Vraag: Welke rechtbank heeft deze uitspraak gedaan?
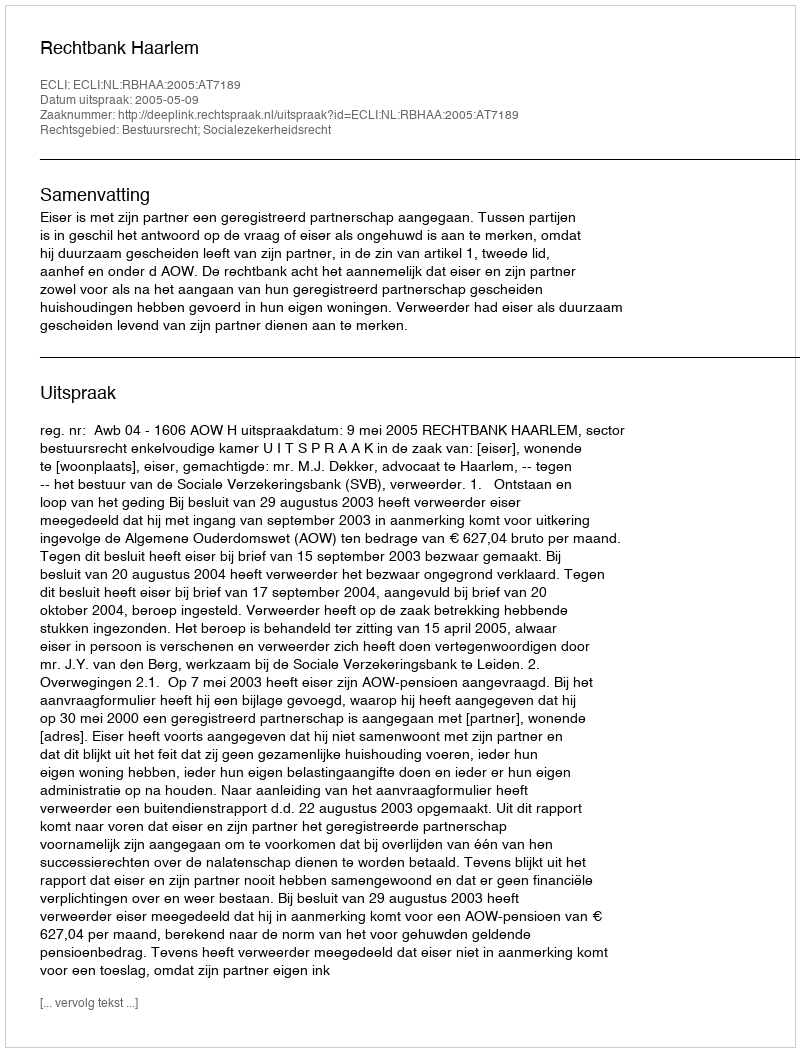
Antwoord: Rechtbank Haarlem